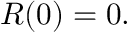
\ R ( 0 ) = 0 .